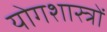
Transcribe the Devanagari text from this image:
योगशास्त्रों